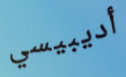
أديبيسي